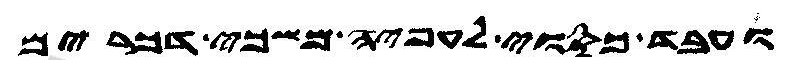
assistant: ועבד כסוי לעפיה משכי דכרים